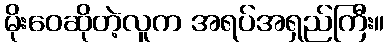
မိုးဝေဆိုတဲ့လူက အရပ်အရှည်ကြီး။